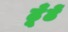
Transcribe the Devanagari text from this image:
ढूँढें